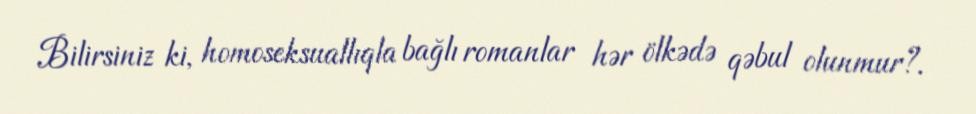
Bilirsiniz ki, homoseksuallıqla bağlı romanlar hər ölkədə qəbul olunmur?.